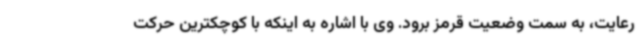
رعایت، به سمت وضعیت قرمز برود. وی با اشاره به اینکه با کوچکترین حرکت